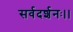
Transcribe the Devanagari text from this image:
सर्वदर्शनः।।